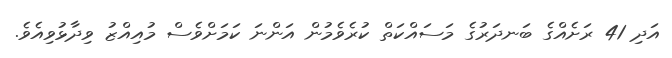
އަދި 41 ރަށެއްގެ ބަނދަރުގެ މަސައްކަތް ކުރެވެމުން އަންނަ ކަމަށްވެސް މުއިއްޒު ވިދާޅުވިއެވެ.